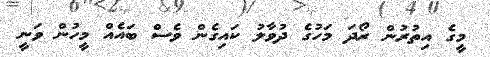
މީގެ އިތުރުން ރޯދަ މަހުގެ ދުވާލު ކައިގެން ވެސް ބައެއް މީހުން ވަނީ